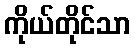
ကိုယ်တိုင်သာ